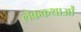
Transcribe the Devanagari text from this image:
लेककथाओं